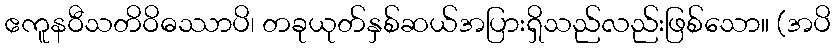
ဧကူနဝီသတိဝိဓဿာပိ၊ တခုယုတ်နှစ်ဆယ်အပြားရှိသည်လည်းဖြစ်သော။ (အပိ